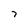
Character: 7